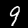
Digit: 9